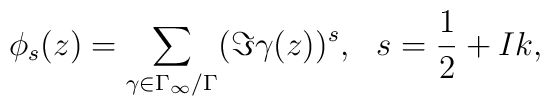
\phi_s(z)=\sum_{\gamma \in \Gamma_{\infty}/\Gamma} (\Im\gamma(z))^s, ~~s=\frac{1}{2}+I k,